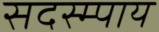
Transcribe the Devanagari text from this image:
सदस्म्पाय